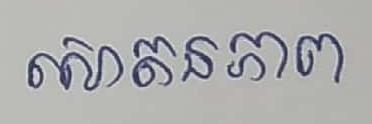
សោតនភាព